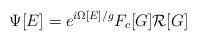
LaTeX: \begin{align*} \Psi [E] = e^{i \Omega [E] / g} F_c [G] {\cal R} [G]\end{align*}